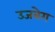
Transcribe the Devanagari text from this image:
उजबेग